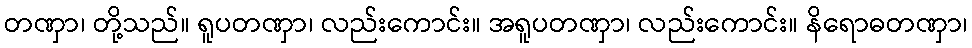
တဏှာ၊ တို့သည်။ ရူပတဏှာ၊ လည်းကောင်း။ အရူပတဏှာ၊ လည်းကောင်း။ နိရောဓတဏှာ၊